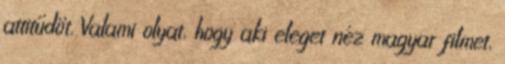
attitűdöt. Valami olyat, hogy aki eleget néz magyar filmet,